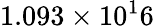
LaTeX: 1.093\times 10^{1}6